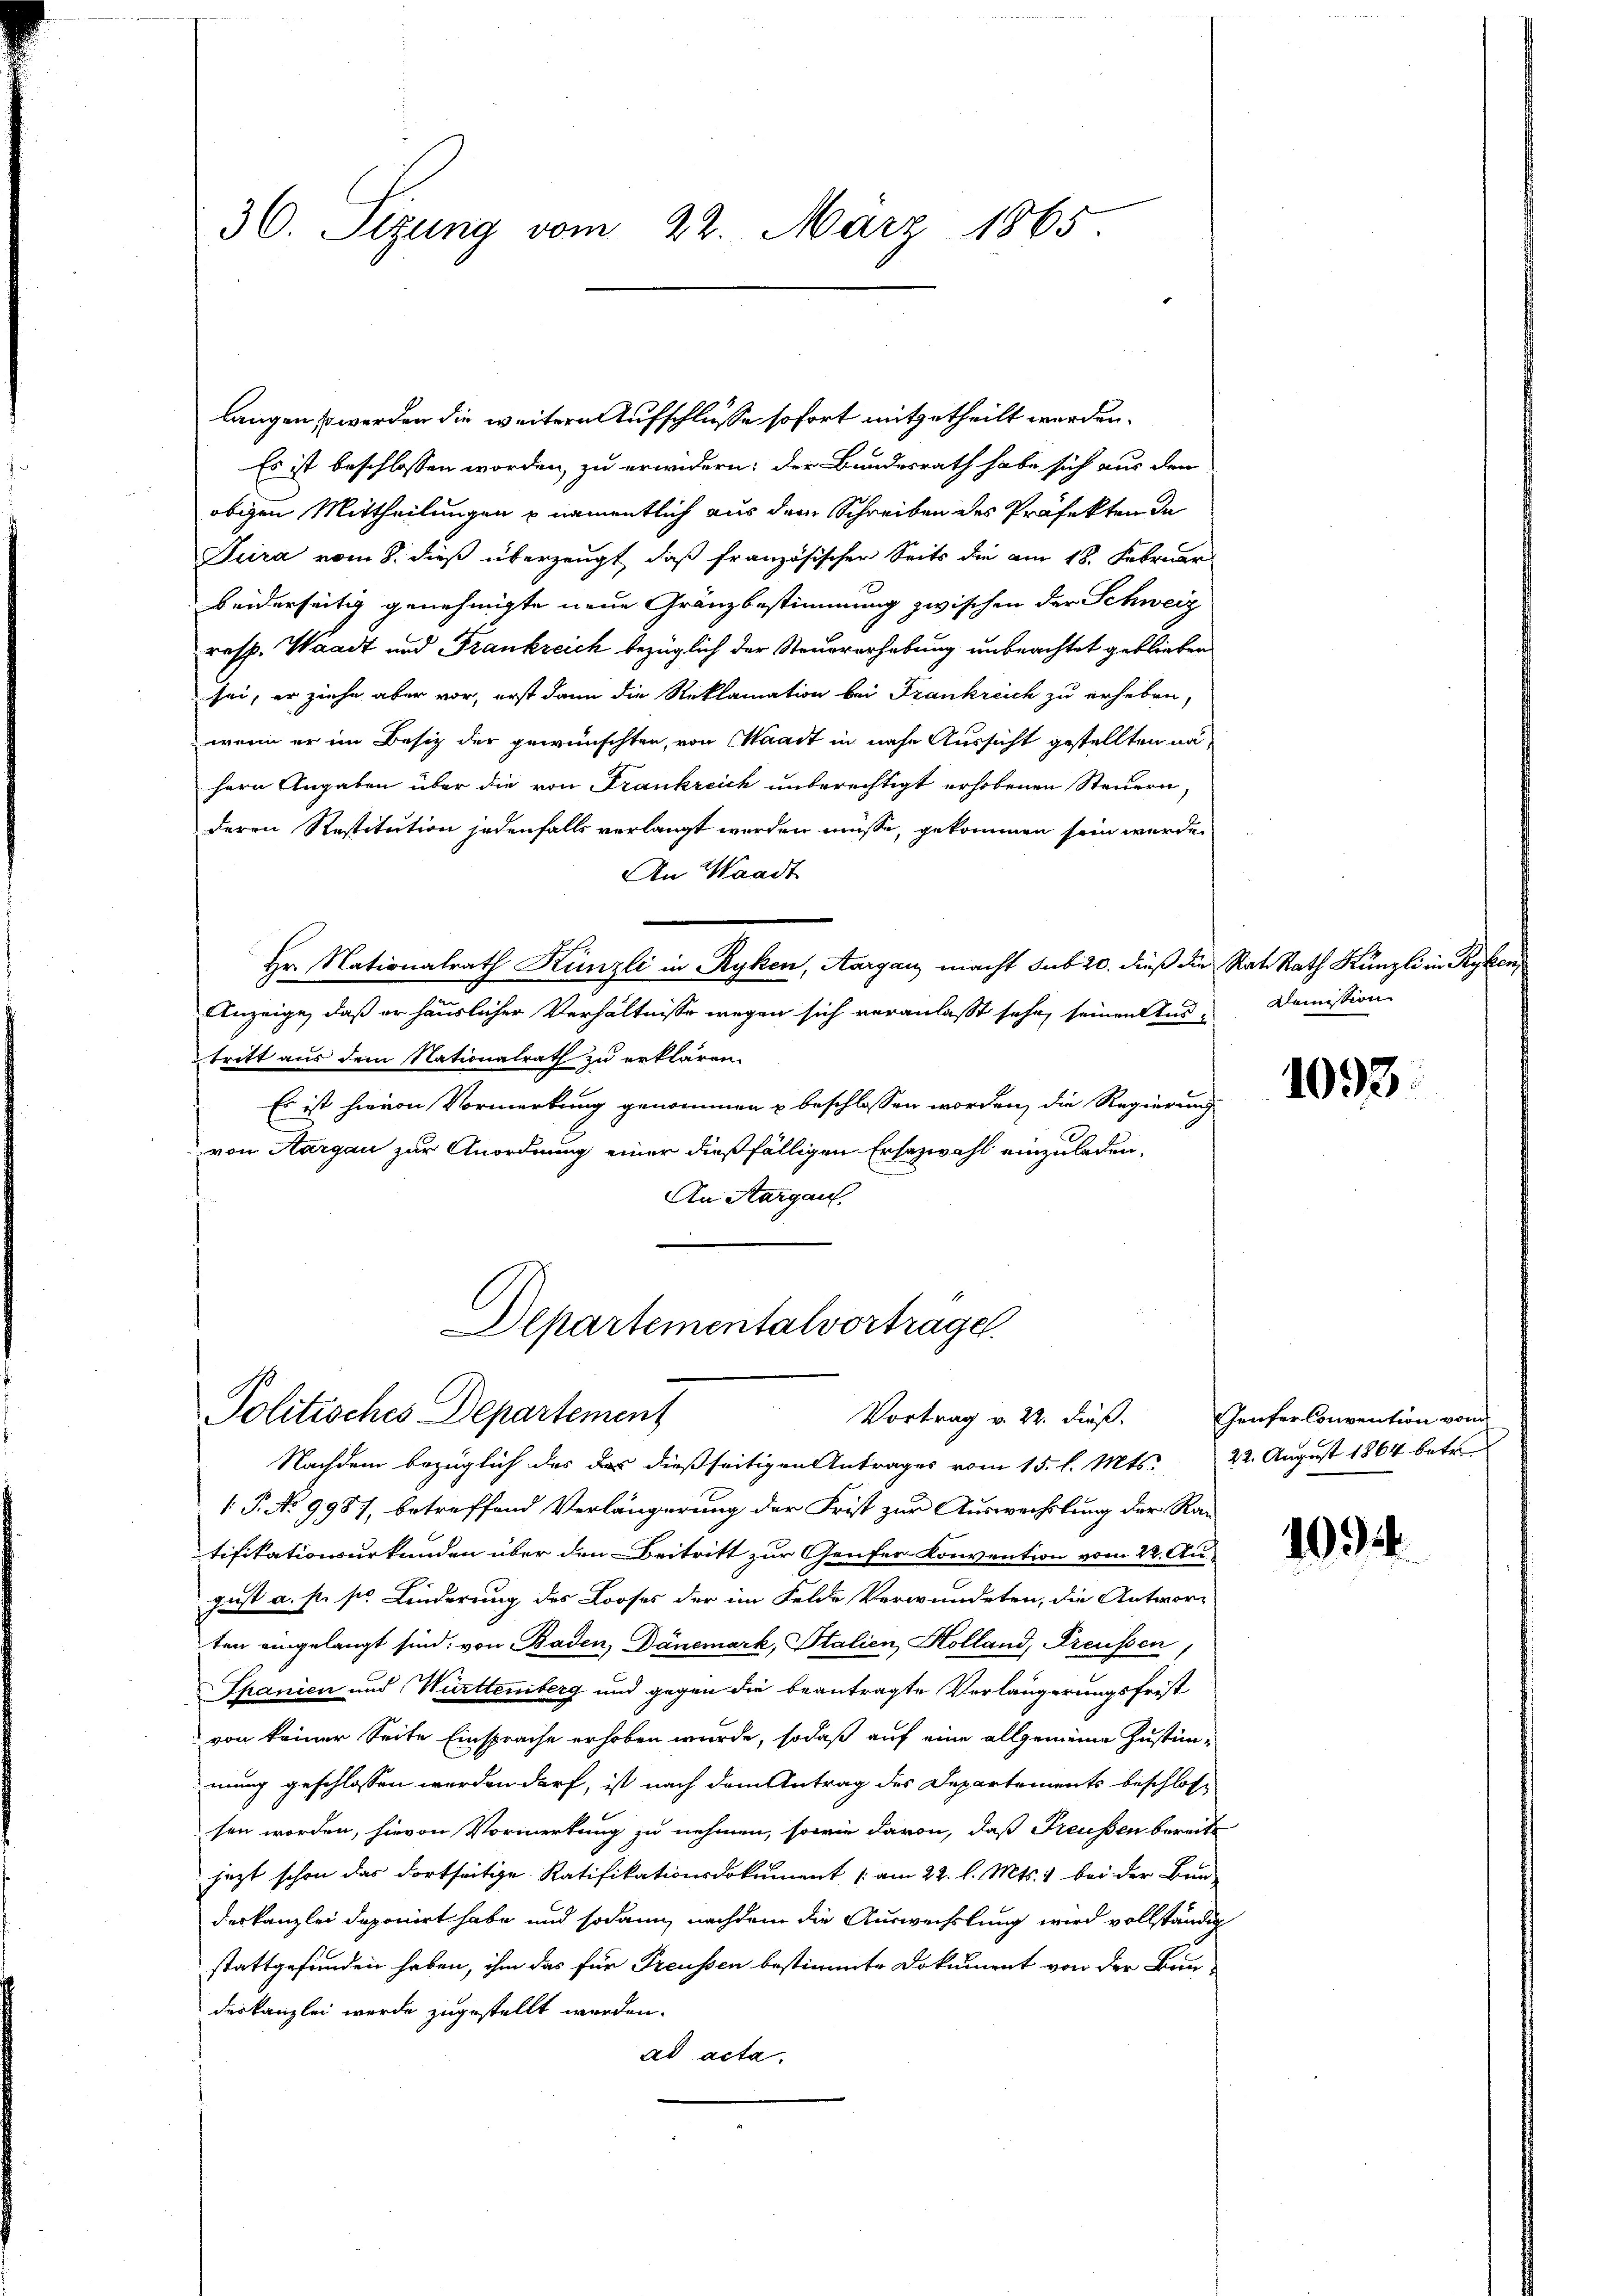
36. Sizung vom 22. März 1865.

Es ist beschlossen worden, zu erwidern; der Bundesrath habe sich aus den
obigen Mittheilungen namentlich aus dem Schreiben des Präfekten de
Jura vom 8. dieß überzeugt, daß französischer Seits die am 18. Februar
beiderseitig genehmigte neue Gränzbestimmung zwischen der Schweiz
resp. Waadt und Frankreich bezüglich der Steuererhebung unbeachtet geblieben
sei, er ziehe aber vor, erst dann die Reklamation bei Frankreich zu erheben,
wenn er im Besitz der gewünschten, von Waadt in nahe Aussicht gestellten nähern Angaben über die von Frankreich unberechtigt erhobenen Steuern,
deren Restitution jedenfalls verlangt werden müsse, gekommen sein werde.
An Waadt
Hr. Nationalrath Künzli in Ryken, Aargau macht sub 20. dieß die Rat. Rath Künzli in Ryken,
Anzeige, daß er häuslicher Verhältnisse wegen sich veranlaßt sehr, seinen Austritt aus dem Nationalrath zu erklären.
Es ist hievon Vormerkung genommen u beschlossen worden, die Regierung
von Aargau zur Anordnung einer dießfälligen Ersazwahl einzuladen,
An Aargau.

langen so werden die weitern Aufschlüsse sofort mitgetheilt werden.

Departementalvortrage.
Politisches Departement

Nachdem bezüglich das das dießseitigen Antrages vom 15. l. Mts. 22. August 1864 betr.
 P. No 9987, betreffend Verlängerung der Frist zur Auswechslung der Rautifikationsurkunden über den Beitritt zur Genfer Konvention vom 22. Au
gust a. p. sie Linderung des Looses der im Felde Verwundeten, die Antworten eingelangt sind; von Baden, Dänemark, Italien, Holland, Preußen
Spanien und Württenberg und gegen die beantragte Verlängerungsfrist
von keiner Seite Einsprache erhoben wurde, sodaß auf eine allgemeine Zustimmung geschlossen werden darf, ist nach dem Antrag des Departements beschlossen worden, hievon Vormerkung zu nehmen, sowie davon, daß Preußen bereits
jezt schon das dortseitige Ratifikationsdokument am 22. l. Mts. 1 bei der Bun-
deskanzlei deponirt habe und sodann nachdem die Auswechslung wird vollständig
stattgefunden haben, ihm das für Freussen bestimmte Dokument von der Bau-
deskanzlei werde zugestellt werden.
ad acta.

Demission

1093

Vortrag v. 22. dieß. Genfer Convention von

10.